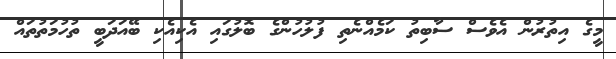
މީގެ އިތުރުން އެވެސް ސާބިތު ކަމެއްނެތި ފުލުހުންގެ ބޮލުގައި އެކިއެކި ބޭއަދަބީ ތުހުމަތުތައް